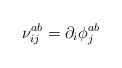
LaTeX: \begin{align*}\nu_{ij}^{ab}= \partial_i\phi_j^{ab}\end{align*}